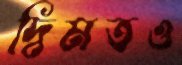
দ্বিমতও